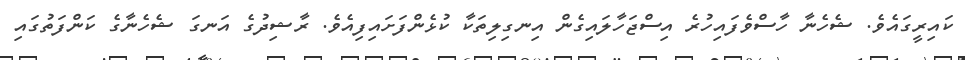
ކައިރީގައެވެ. ޝެހެނާ ހާސްވެފައިހުރެ އިސްޖަހާލައިގެން އިނގިލިތަކާ ކުޅެންފަށައިފިއެވެ. ރާޝިދުގެ އަނގަ ޝެހެނާގެ ކަންފަތުގައި